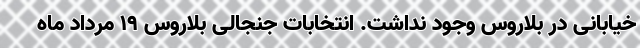
خیابانی در بلاروس وجود نداشت. انتخابات جنجالی بلاروس ۱۹ مرداد ماه